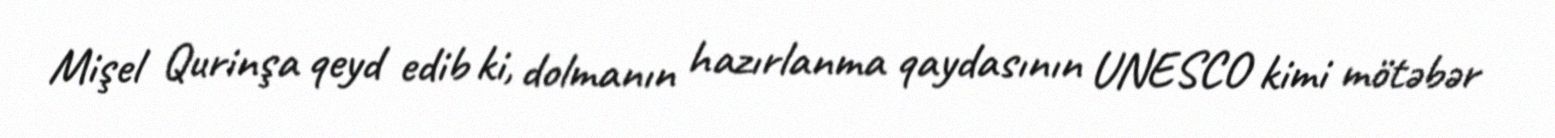
Mişel Qurinşa qeyd edib ki, dolmanın hazırlanma qaydasının UNESCO kimi mötəbər